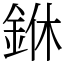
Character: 銝